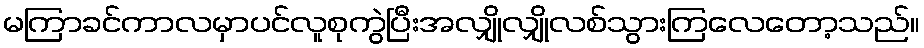
မကြာခင်ကာလမှာပင်လူစုကွဲပြီးအလျှိုလျှိုလစ်သွားကြလေတော့သည်။